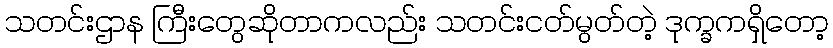
သတင်းဌာန ကြီးတွေဆိုတာကလည်း သတင်းငတ်မွတ်တဲ့ ဒုက္ခကရှိတော့